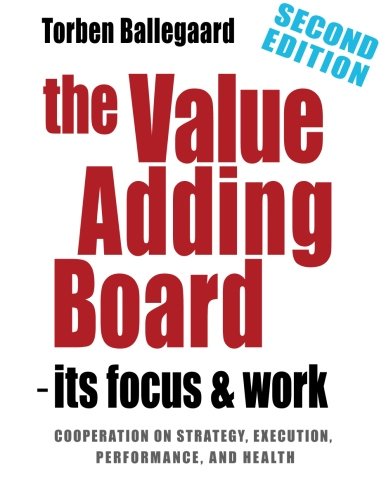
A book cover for The Value Adding Board - its Focus and Work (SECOND EDITION): Cooperation on strategy, execution, performance, and health; Torben Ballegaard; Business & Money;